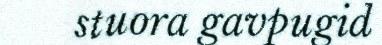
stuora gavpugid